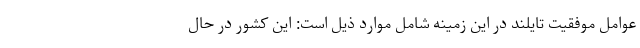
عوامل موفقیت تایلند در این زمینه شامل موارد ذیل است: این کشور در حال